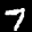
Label: 7